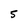
Character: 5